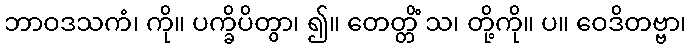
ဘာဝဒသကံ၊ ကို။ ပက္ခိပိတွာ၊ ၍။ တေတ္တိံ သ၊ တို့ကို။ ပ။ ဝေဒိတဗ္ဗာ၊